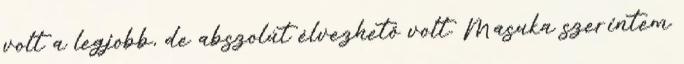
volt a legjobb, de abszolút élvezhető volt. Masuka szerintem